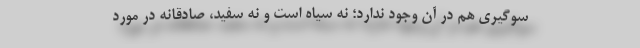
سوگیری هم در آن وجود ندارد؛ نه سیاه است و نه سفید، صادقانه در مورد